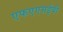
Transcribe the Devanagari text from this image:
एफएएसईबी